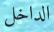
الداخل